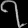
Digit: ၇